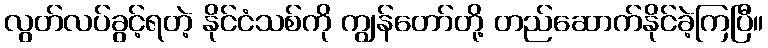
လွတ်လပ်ခွင့်ရတဲ့ နိုင်ငံသစ်ကို ကျွန်တော်တို့ တည်ဆောက်နိုင်ခဲ့ကြပြီ။